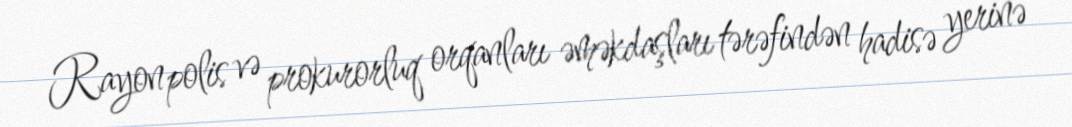
Rayon polis və prokurorluq orqanları əməkdaşları tərəfindən hadisə yerinə